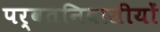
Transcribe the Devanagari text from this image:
पर्वतनिवासीयों